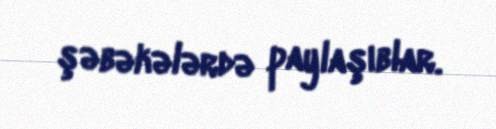
şəbəkələrdə paylaşıblar.